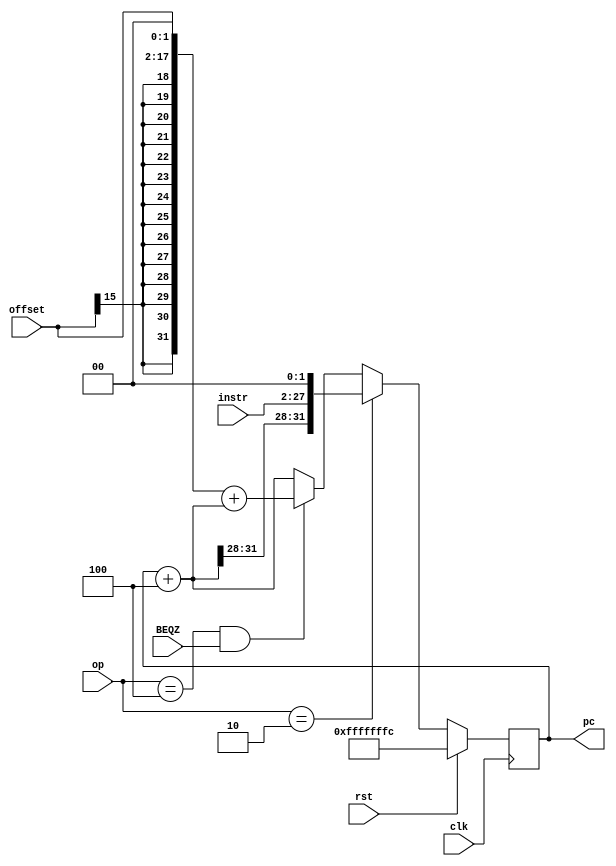
`timescale 1ns / 1ps

module PC(
     input clk, rst,  
     input BEQZ,
     input [5:0]  op, 
     input [15:0] offset,  
     input [25:0] instr,
     output reg [31:0] pc
);
     
     always @(posedge clk )  
         begin  
              if (rst == 1) begin  
                    pc = -4;    
                end  
                else  begin  
                    pc = pc + 4;  //  
                    if (op==6'b000010)   pc={pc[31:28],instr,2'b00};          //JUMP
                    else if (op==6'b000100 && BEQZ )  pc = {{14{offset[15]}},offset,2'b00}+pc;  // BEQZ
                end  
          end  

endmodule